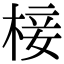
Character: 椄